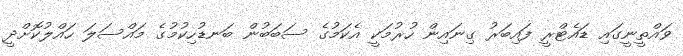
ވައްތީނީގައި ޑައެޓްރީ ފައިބަރު ގިނައިން ހުރުމަކީ އެކަމުގެ ސަބަބުން ބަނޑުހިކުމުގެ މައްސަލަ ހައްލުކޮށްދީ